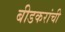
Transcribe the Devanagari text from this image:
बीडकरांची